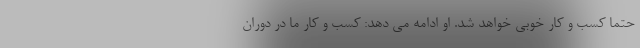
حتماً کسب و کار خوبی خواهد شد. او ادامه می دهد: کسب و کار ما در دوران